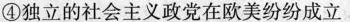
④独立的社会主义政党在欧美纷纷成立